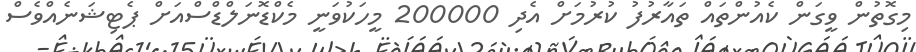
މިގޮތުން ވީގަން ކެއުންތައް ތައާރުފު ކުރުމަށް އެދި 200000 މީހަކުވަނީ މެކްޑޮނަލްޑްސްއަށް ޕެޓިޝަނެއްވެސް